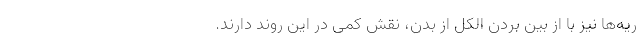
ریه‌ها نیز با از بین بردن الکل از بدن، نقش کمی در این روند دارند.